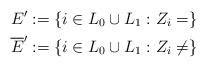
LaTeX: \begin{align*} E' &:= \{ i \in L_0 \cup L_1 : Z_i = \} \\ \overline{E}' &:= \{ i \in L_0 \cup L_1 : Z_i \neq \} \end{align*}